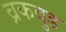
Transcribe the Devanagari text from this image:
व्रकवुड